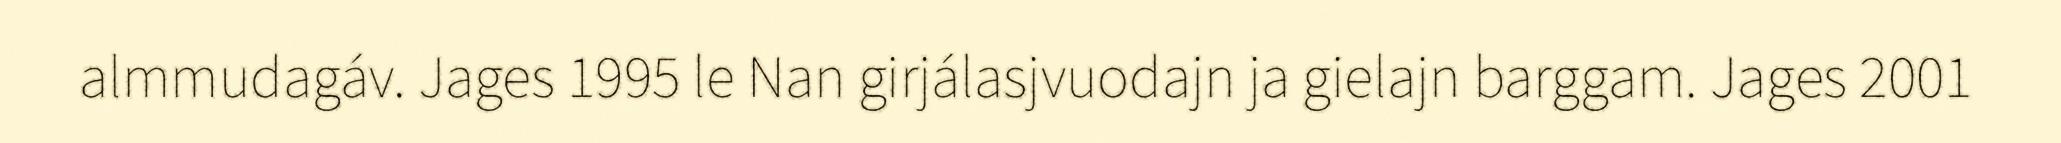
almmudagáv. Jages 1995 le Nan girjálasjvuodajn ja gielajn barggam. Jages 2001